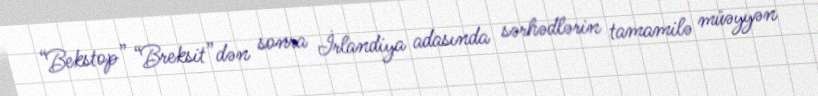
“Bekstop” “Breksit”dən sonra İrlandiya adasında sərhədlərin tamamilə müəyyən